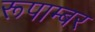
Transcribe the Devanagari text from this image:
रूपाम्बर